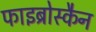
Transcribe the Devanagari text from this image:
फाइब्रोस्कैन